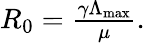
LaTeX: \begin{array}{r}{R_{0}=\frac{\gamma\Lambda_{\mathrm{max}}}{\mu}.}\end{array}